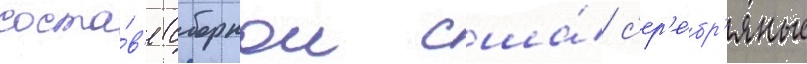
соста́в'е сборнои сша́ с'ер'е́бр'яные